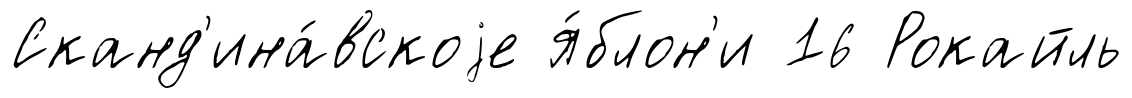
Сканд'ина́вскоjе я́блон'и 16 Рокайль